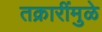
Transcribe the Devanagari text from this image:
तक्रारींमुळे